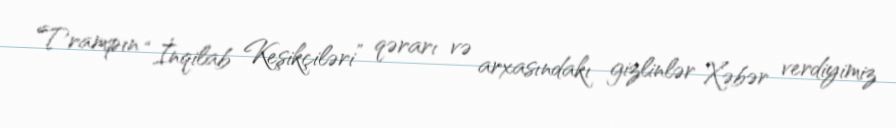
Trampın “İnqilab Keşikçiləri” qərarı və arxasındakı gizlinlər Xəbər verdiyimiz